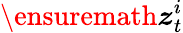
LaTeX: \ensuremath{\boldsymbol{z}}_{t}^{i}